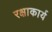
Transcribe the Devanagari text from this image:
रक्षाकार्य